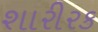
શારીરક